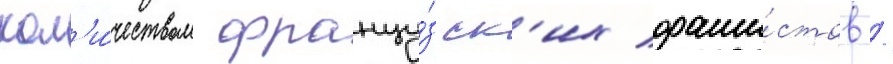
кол'и́чеством францу́зск'их фаши́стов /